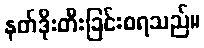
နတ်ဒိုးတီးခြင်းစရသည်။